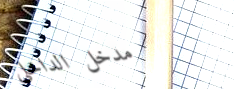
مدخل الداخلي